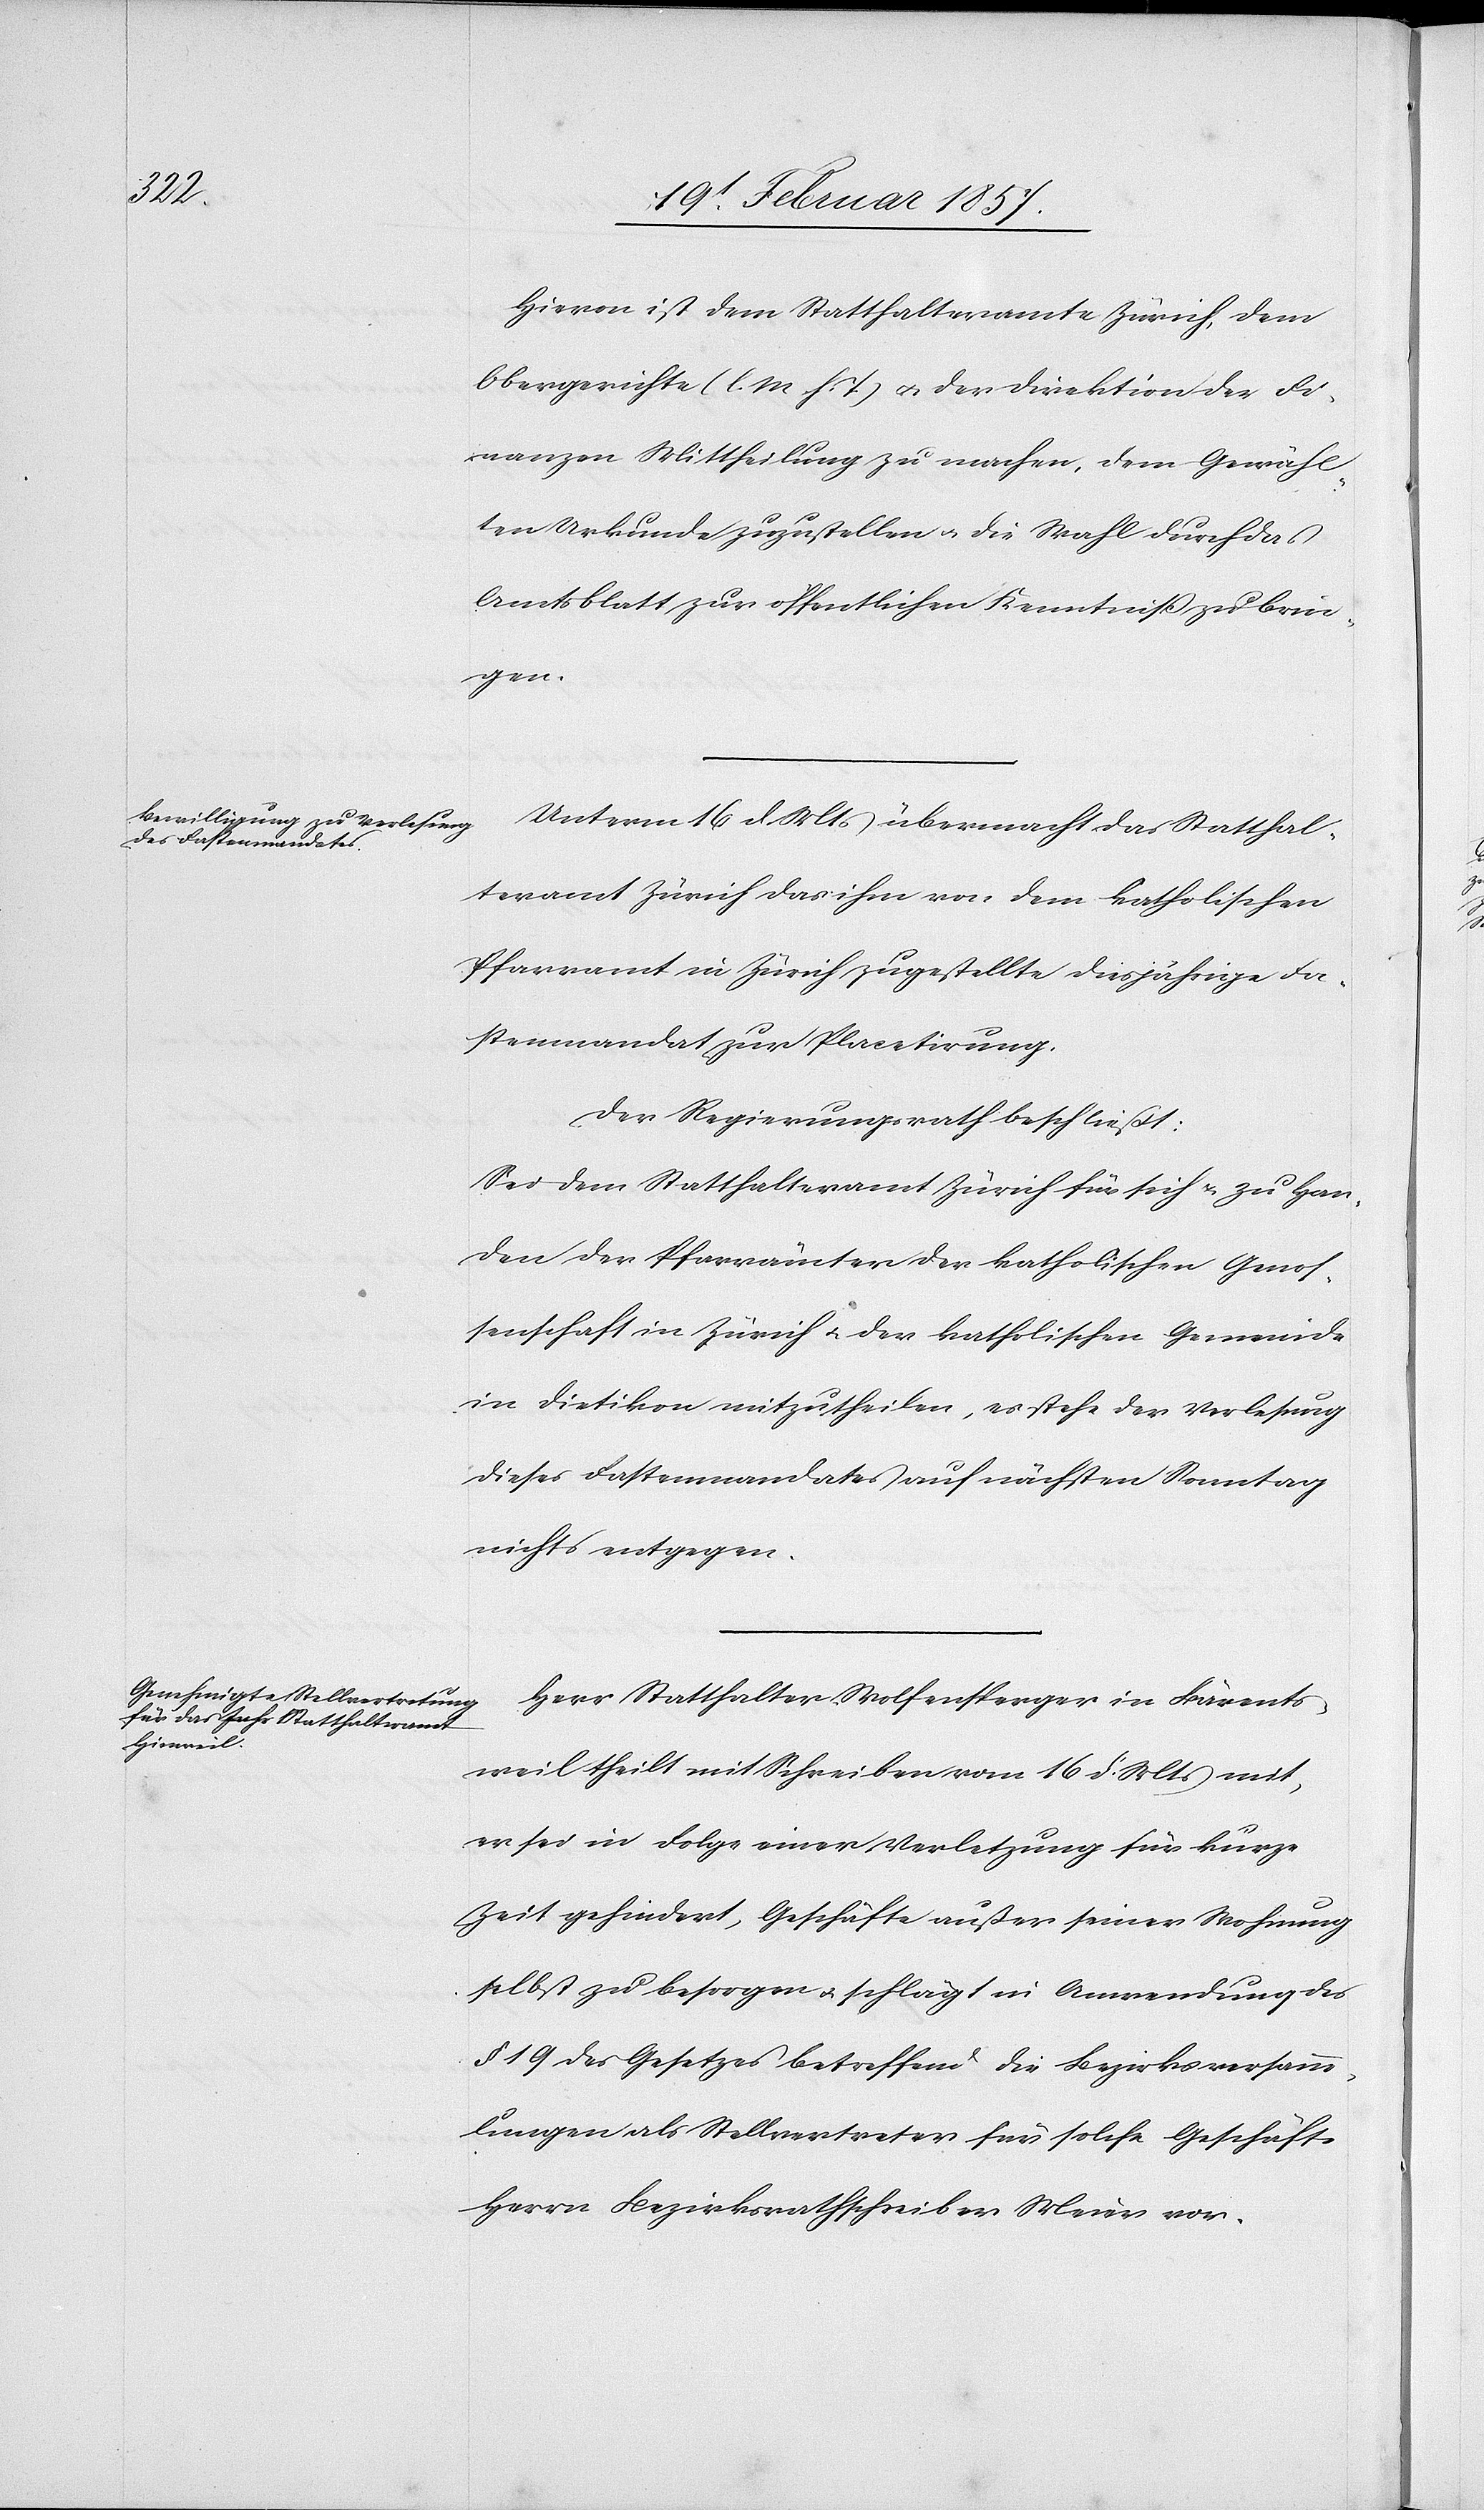
Hievon ist dem Statthalteramte Zürich, dem
Obergerichte (l. M. h. T) u. der Direktion der Fi¬
nanzen Mittheilung zu machen, dem Gewähl¬
ten Urkunde zuzustellen u. die Wahl durch das
Amtsblatt zur öffentlichen Kenntniß zu brin¬
gen.
Unterm 16 d. Mts übermacht das Statthal¬
teramt Zürich das ihm von dem katholischen
Pfarramt in Zürich zugestellte diesjährige Fa¬
stenmandat zur Placetirung.
Der Regierungsrath beschließt:
Sei dem Statthalteramt Zürich für sich u. zu Han¬
den der Pfarrämter der katholischen Genos¬
senschaft in Zürich u. der katholischen Gemeinde
in Dietikon mitzutheilen, es stehe der Verlesung
dieses Fastenmandates auf nächsten Sonntag
nichts entgegen.
Herr Statthalter Wolfensperger in Bärents¬
weil theilt mit Schreiben vom 16 d. Mts mit,
er sei in Folge einer Verletzung für kurze
Zeit gehindert, Geschäfte außer seiner Wohnung
selbst zu besorgen u. schlägt in Anwendung des
§ 19 des Gesetzes betreffend die Bezirksversamm¬
lungen als Stellvertreter für solche Geschäfte
Herrn Bezirksrathschreiber Meier vor.